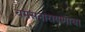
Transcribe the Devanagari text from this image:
चमसनारायणाचा